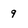
Character: 9